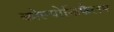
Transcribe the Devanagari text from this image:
कोल्पोकिफैलम